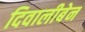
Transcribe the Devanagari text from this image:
दिवालीबेन